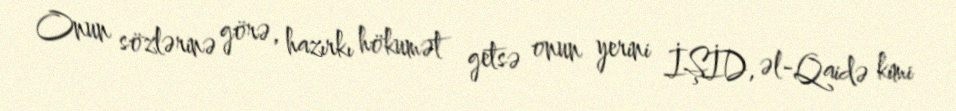
Onun sözlərinə görə, hazırkı hökumət getsə onun yerini İŞİD, əl-Qaidə kimi